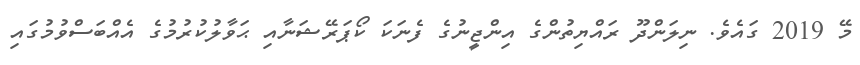
މޭ 2019 ގައެވެ. ނިލަންދޫ ރައްޔިތުންގެ އިންޖީނުގެ ފެނަކަ ކޯޕަރޭޝަނާއި ޙަވާލުކުރުމުގެ އެއްބަސްވުމުގައި